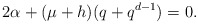
\begin{align*} 2 \alpha + (\mu + h)(q + q^{d-1}) = 0. \end{align*}